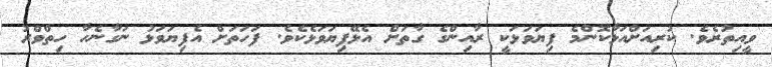
ވީއިތުރެވެ. ކުރިއަށްއަޅާކޮންމެ ފިޔަވަޅަކީ ރާއިންގެ ގާތަށް އެޅޭފިޔަވަޅެކެވެ. ފަހަތަށް އެފިޔަވަޅު ނަގާނެހާ ހިތްވްރު